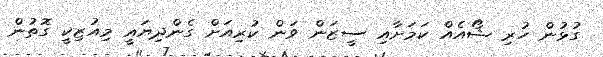
ގުޅުން ހުރި ޝޯއެއް ކަމަށާއި ސީޒަން ވަން ކުރިއަށް ގެންދިޔައީ މިއުޒިކީ ގޮތުން